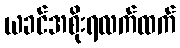
ယခင်အစိုးရလက်ထက်